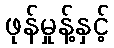
ဖုန်မှုန့်နှင့်